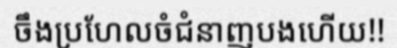
ចឹងប្រហែលចំជំនាញបងហើយ!!